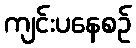
ကျင်းပနေစဉ်